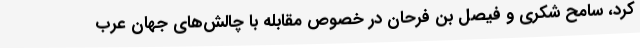
کرد، سامح شکری و فیصل بن فرحان در خصوص مقابله با چالش‌های جهان عرب